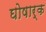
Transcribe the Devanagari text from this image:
घोषार्क